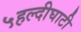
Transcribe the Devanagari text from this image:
५हल्दीघाटी